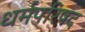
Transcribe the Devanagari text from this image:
धर्मपरिषद